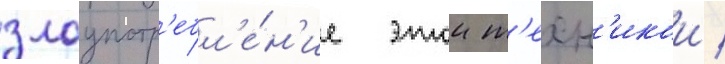
злоупотр'ебл'е́н'ие этои т'ехн'икои /